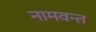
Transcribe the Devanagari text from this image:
नामवन्त